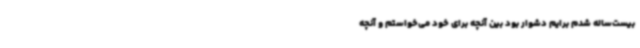
بیست‌ساله شدم برایم دشوار بود بین آنچه برای خود می‌خواستم و آنچه